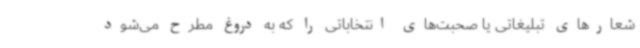
شعارهای تبلیغاتی یا صحبت‌های انتخاباتی را که به‌ دروغ مطرح می‌شود